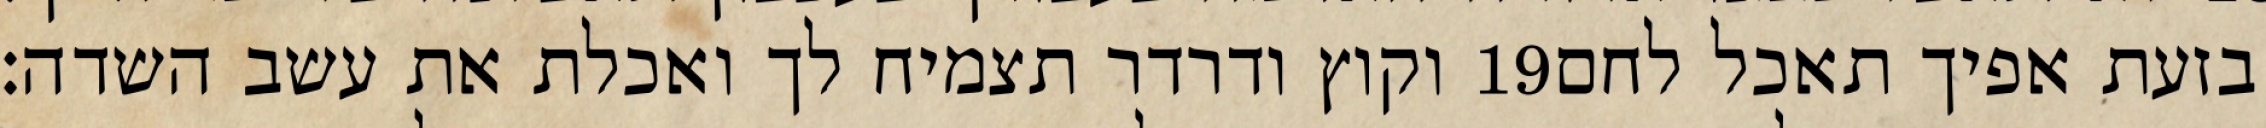
וקוץ ודרדר תצמיח לך ואכלת את עשב השדה׃ ‎19‏ בזעת אפיך תאכל לחם